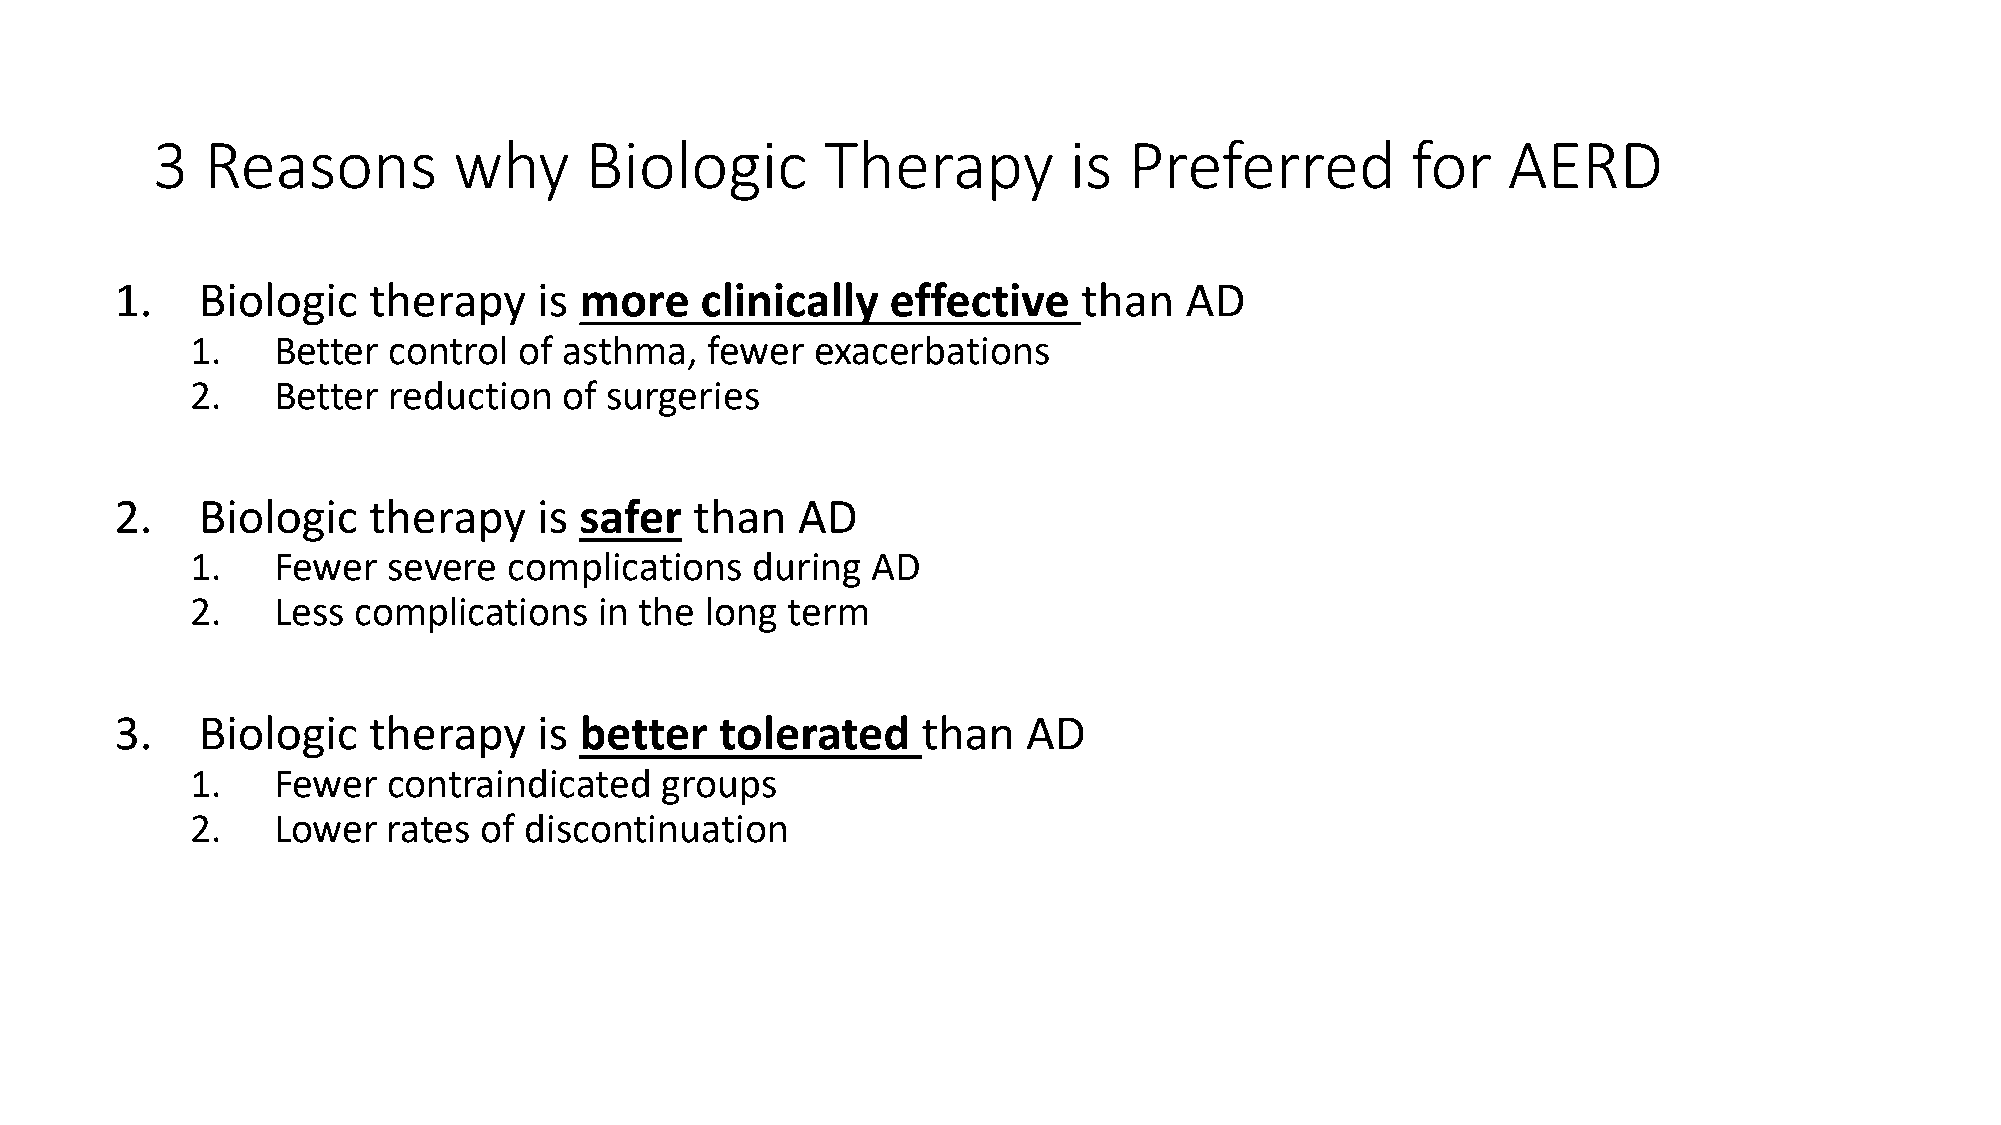
3   Reasons         why      Biologic        Therapy         is  Preferred         for    AERD
 1.   Biologic   therapy     is more   clinically   effective    than  AD
 1.   Better  control of asthma,   fewer  exacerbations
 2.   Better  reduction  of surgeries
 2.   Biologic   therapy     is safer  than   AD
 1.   Fewer   severe  complications   during  AD
 2.   Less complications    in the long term
 3.   Biologic   therapy     is better   tolerated    than   AD
 1.   Fewer   contraindicated   groups
 2.   Lower   rates of discontinuation